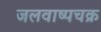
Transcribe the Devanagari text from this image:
जलवाष्पचक्र